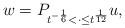
LaTeX: \begin{align*}w = P_{t^{-\frac16}<\cdot\leq t^{\frac1{12}}}u,\end{align*}